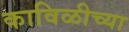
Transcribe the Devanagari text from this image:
काविळीच्या